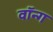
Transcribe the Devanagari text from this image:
वॉन्ग